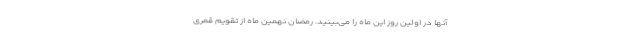
آنها در اولین روز این ماه را می‌بینید. رمضان نهمین ماه از تقویم قمری